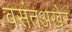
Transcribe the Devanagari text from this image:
वसंतअखेर